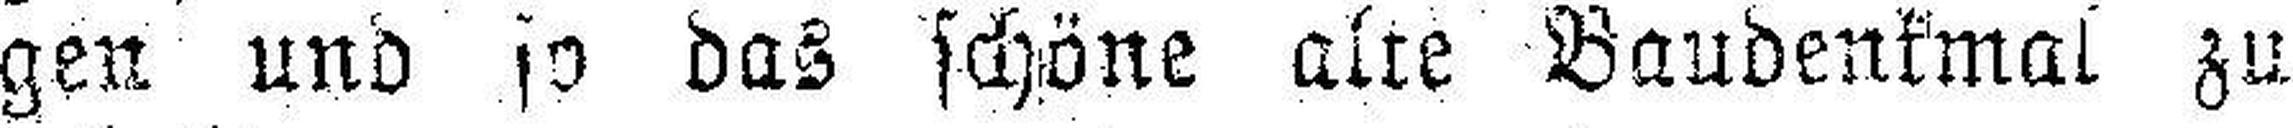
gen und so das schöne alte Baudenkmal zu